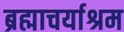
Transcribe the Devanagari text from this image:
ब्रह्माचर्याश्रम